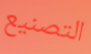
التصنيع